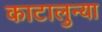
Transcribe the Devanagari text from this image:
काटालुन्या